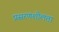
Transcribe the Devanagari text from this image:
प्रसरणशीलता